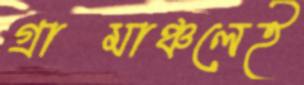
গ্রামাঞ্চলেই